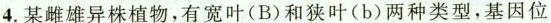
4.某雌雄异株植物，有宽叶(B)和狭叶(b)两种类型，基因位